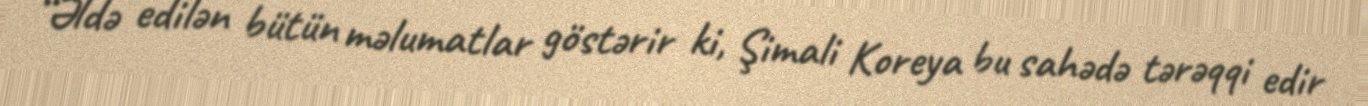
“Əldə edilən bütün məlumatlar göstərir ki, Şimali Koreya bu sahədə tərəqqi edir